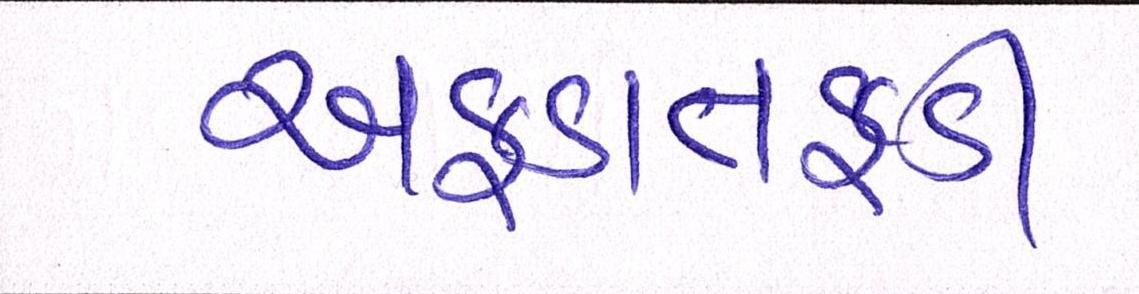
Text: અફડાતફડી